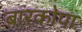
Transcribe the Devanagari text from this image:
बारकोपा